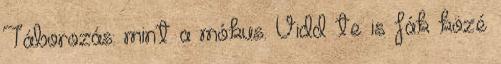
Táborozás: mint a mókus. Vidd te is fák közé